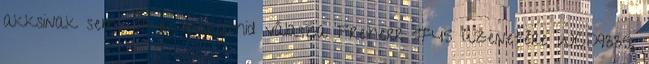
akksinak sem. #46 margithid válasza Freiherr #45 üzenetére WCD9335,